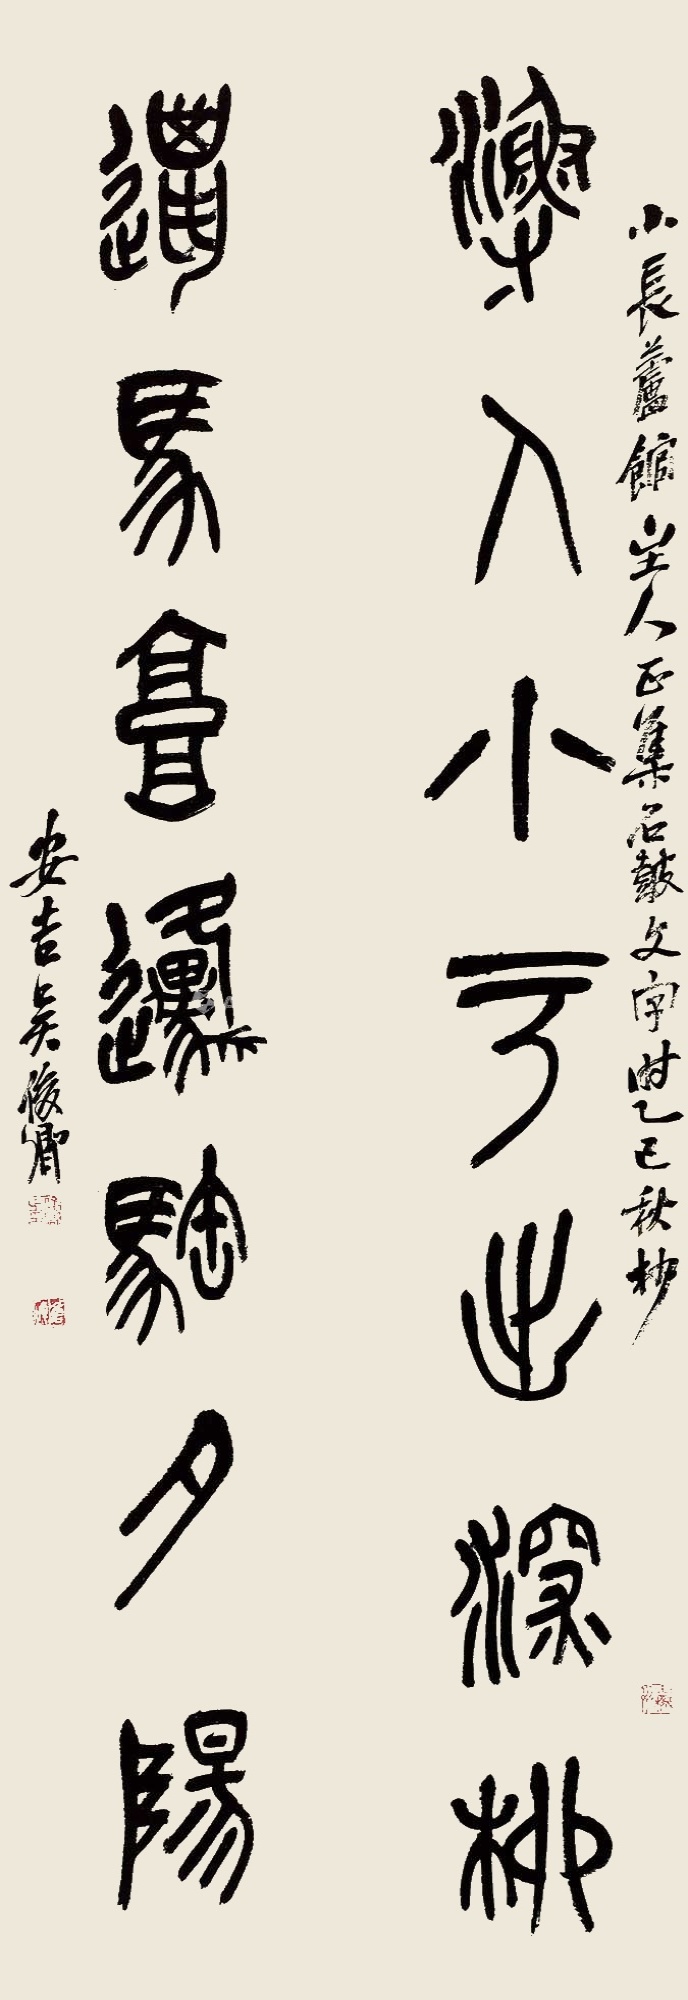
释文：渔人小于出深林，邋马郭原𫘦夕阳。小长芦馆主人正，集石鼓文字。时乙巳秋杪，安吉吴俊卿。